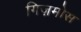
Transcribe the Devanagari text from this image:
गिज़मोस